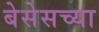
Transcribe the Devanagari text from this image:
बेसेसच्या